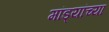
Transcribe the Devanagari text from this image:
मांड्यांच्या